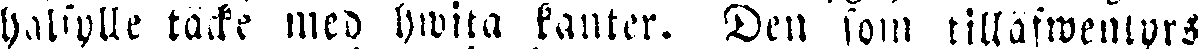
halfylle täcke med hwita kanter. Den som tilläfwentyrs